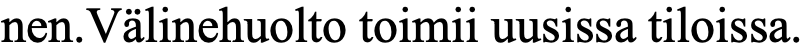
nen.Välinehuolto toimii uusissa tiloissa.